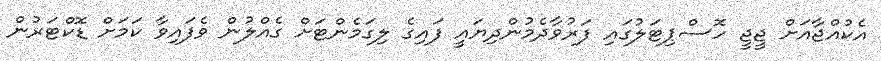
އެކުއްޖާއަށް ޖީޖީ ހޮސްޕިޓަލުގައި ފަރުވާދެމުންދިޔައީ ފައިގެ ލިގަމެންޓަށް ގެއްލުން ވެފައިވާ ކަމަށް ޑޮކްޓަރުން